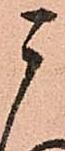
う